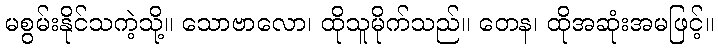
မစွမ်းနိုင်သကဲ့သို့။ သောဗာလော၊ ထိုသူမိုက်သည်။ တေန၊ ထိုအဆုံးအမဖြင့်။